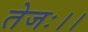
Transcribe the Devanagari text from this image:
तेजः।।